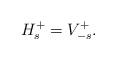
LaTeX: \begin{align*}H^+_s=V^+_{-s}.\end{align*}